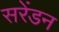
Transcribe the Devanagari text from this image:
सरेंडन